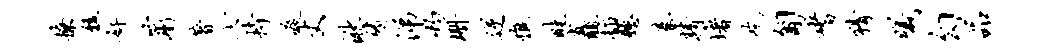
撩馥奸蒲著七持疫丈湫靖涕灼珊逆憔畦矗插悬秦精堵吃匍嗜猜曦勾品